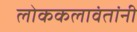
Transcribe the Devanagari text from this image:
लोककलावंतांनी